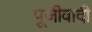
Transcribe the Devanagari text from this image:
पूजीवादी